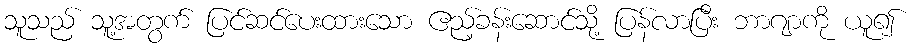
သူသည် သူ့အတွက် ပြင်ဆင်ပေးထားသော ဧည့်ခန်းဆောင်သို့ ပြန်လာပြီး ဘာဂျာကို ယူ၍